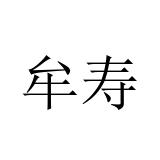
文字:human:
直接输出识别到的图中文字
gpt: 牟寿